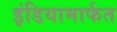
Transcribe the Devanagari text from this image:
इंडियामार्फत